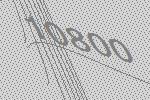
10800